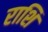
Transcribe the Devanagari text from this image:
राशि